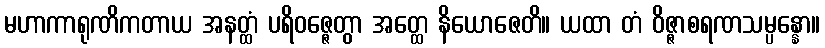
မဟာကာရုဏိကတာယ အနတ္ထံ ပရိဝဇ္ဇေတွာ အတ္ထေ နိယောဇေတိ။ ယထာ တံ ဝိဇ္ဇာစရဏသမ္ပန္နော။